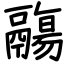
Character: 鬺